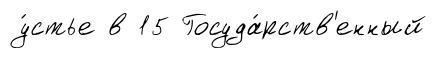
у́стье в 15 Госуда́рств'енный